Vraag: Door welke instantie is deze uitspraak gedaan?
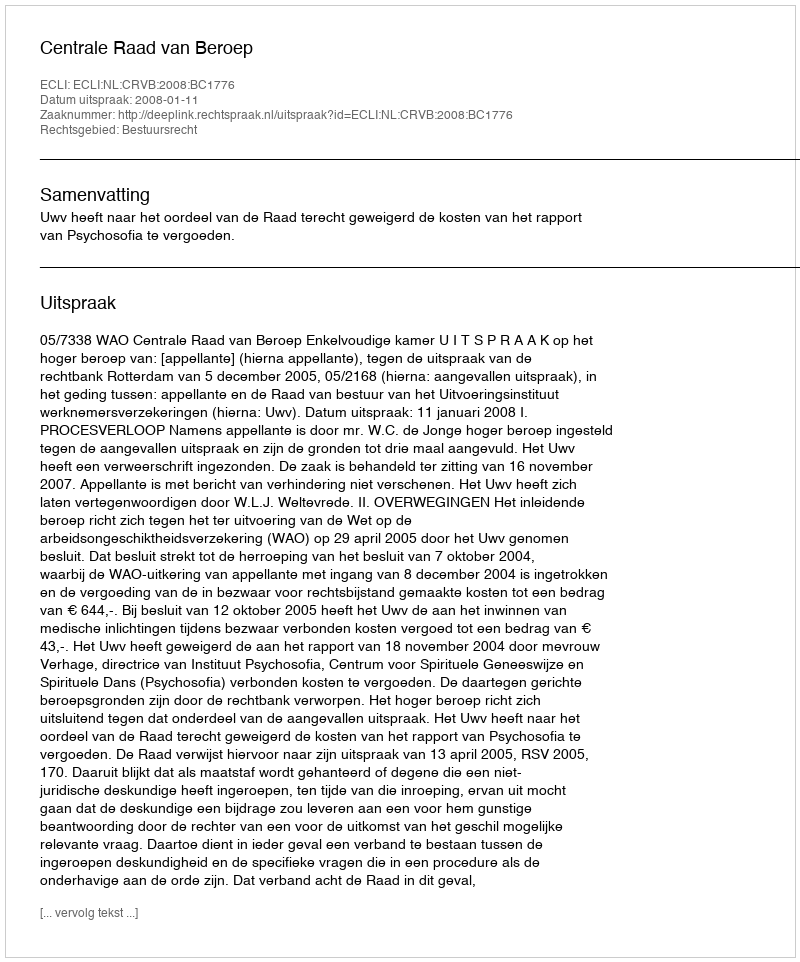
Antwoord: Centrale Raad van Beroep